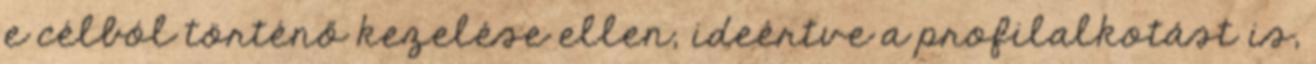
e célból történő kezelése ellen, ideértve a profilalkotást is,